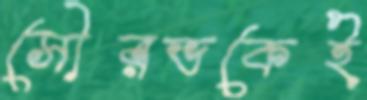
সৌরভকেই